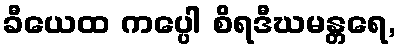
ခီယေထ ကပ္ပေါ စိရဒီဃမန္တရေ,